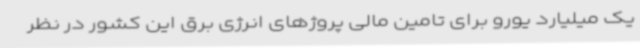
یک میلیارد یورو برای تامین مالی پروژهای انرژی برق این کشور در نظر